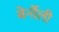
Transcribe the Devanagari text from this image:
बेर्नोली